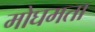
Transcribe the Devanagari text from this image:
मोघमता